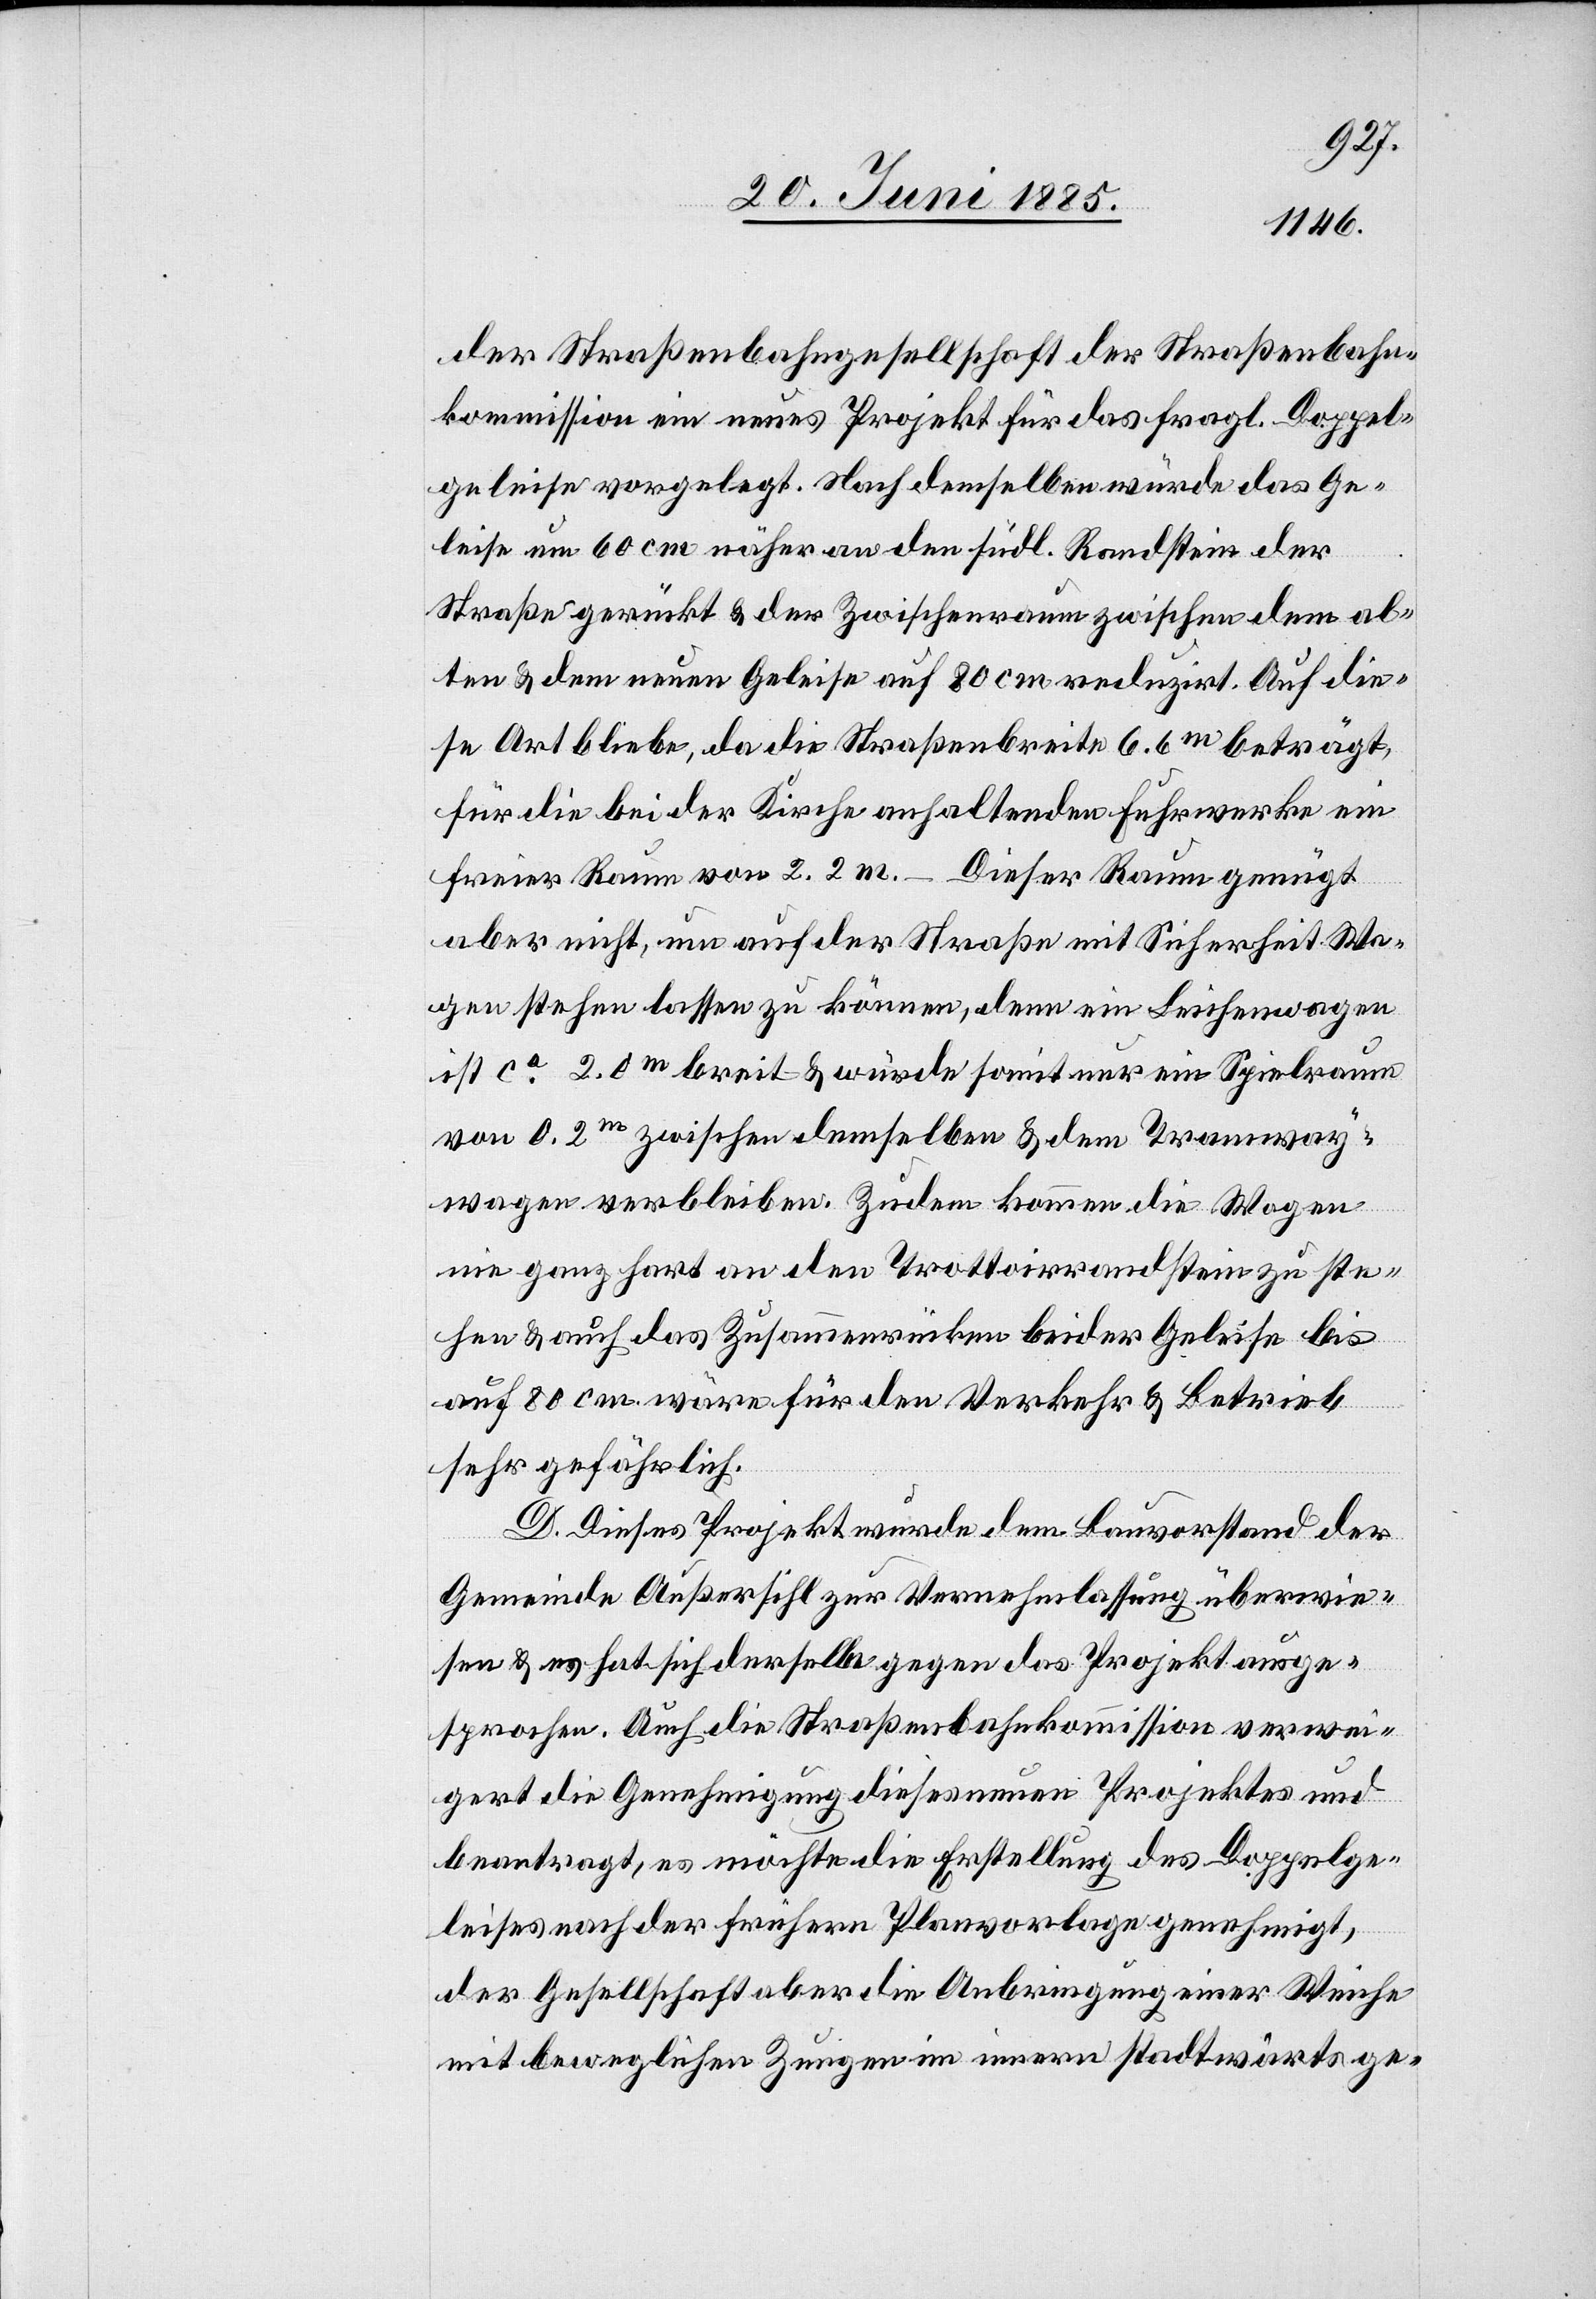
der Straßenbahngesellschaft der Straßenbahn¬
kommission ein neues Projekt für das fragl. Doppel¬
geleise vorgelegt. Nach demselben würde das Ge¬
leise um 60 cm näher an den südl. Randstein der
Straße gerückt & der Zwischenraum zwischen dem al¬
ten & dem neuen Geleise auf 80 cm reduzirt. Auf die¬
se Art bliebe, da die Straßenbreite 6.6 m beträgt,
für die bei der Kirche anhaltenden Fuhrwerke ein
freier Raum von 2.2 m – Dieser Raum genügt
aber nicht, um auf der Straße mit Sicherheit Wa¬
gen stehen lassen zu können, denn ein Leichenwagen
ist ca 2.0 m breit – & würde somit nur ein Spielraum
von 0.2 m zwischen demselben & dem Tramway¬
wagen verbleiben. Zudem kommen die Wagen
nie ganz hart an den Trottoirrandstein zu ste¬
hen & auch das Zusammenrücken beider Geleise bis
auf 80 cm wäre für den Verkehr & Betrieb
sehr gefährlich.
D. Dieses Projekt wurde dem Bauvorstand der
Gemeinde Außersihl zur Vernehmlassung überwie¬
sen & es hat sich derselbe gegen das Projekt ausge¬
sprochen. Auch die Straßenbahnkommission verwei¬
gert die Genehmigung dieses neuen Projektes und
beantragt, es möchte die Erstellung des Doppelge¬
leises nach der frühern Planvorlage genehmigt,
der Gesellschaft aber die Anbringung einer Weiche
mit beweglichen Zungen im innern stadtwärts ge-